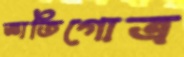
জ্ঞাতিগোত্র